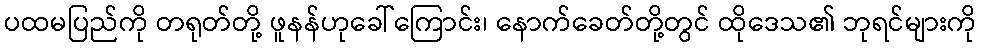
ပထမပြည်ကို တရုတ်တို့ ဖူနန်ဟုခေါ်ကြောင်း၊ နောက်ခေတ်တို့တွင် ထိုဒေသ၏ ဘုရင်များကို